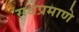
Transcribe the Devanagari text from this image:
राधेप्रमाणे